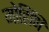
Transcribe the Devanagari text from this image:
मोहिणि